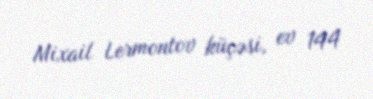
Mixail Lermontov küçəsi, ev 144